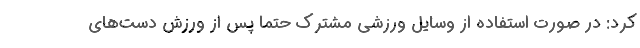
کرد: در صورت استفاده از وسایل ورزشی مشترک حتما پس از ورزش دست‌های